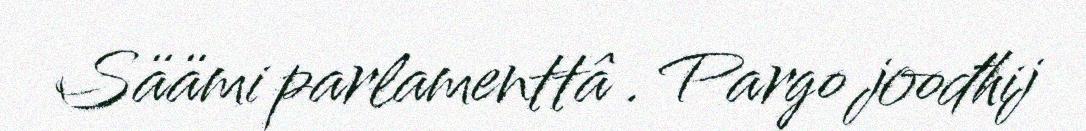
Säämi parlamenttâ . Pargo joođhij